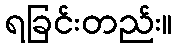
ရခြင်းတည်း။